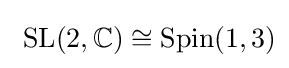
\ \mathrm {SL} (2,\mathbb {C} )\cong \mathrm {Spin} (1,3)